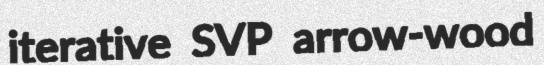
iterative SVP arrow-wood